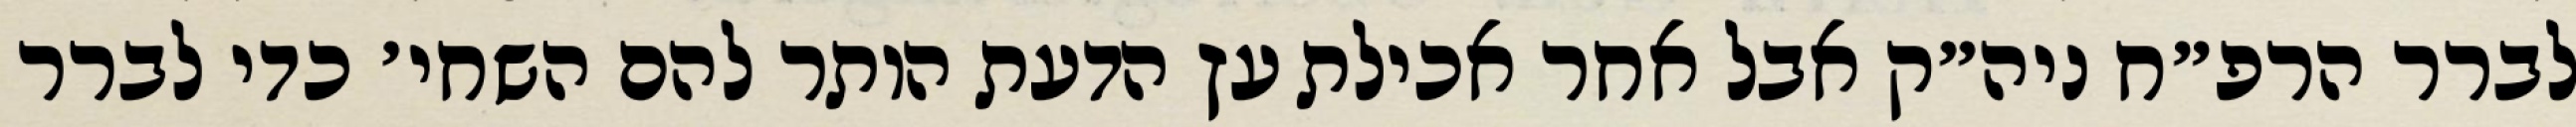
לברר הרפ״ח ניה״ק אבל אחר אכילת עץ הדעת הותר להם השחי׳ כדי לברר